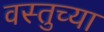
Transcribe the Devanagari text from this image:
वस्तुच्या